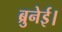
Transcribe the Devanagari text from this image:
ब्रुनेई।